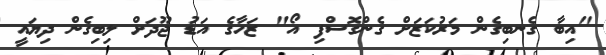
"އިބާ ގެނބިގެން މަރުކަޒަށް ގެންގޮސްފި އޯ" ޒަހާގެ އަޑު ޖޫދަށް ލިބިގެން ދިޔައީ